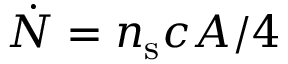
\dot { N } = n _ { \mathrm { s } } c A / 4